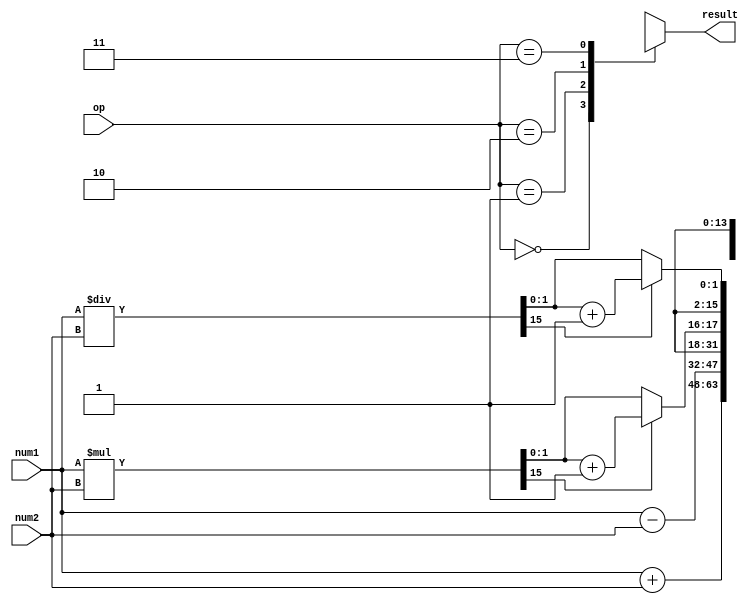
module half_precision_fp_unit(
    input [15:0] num1,
    input [15:0] num2,
    input [1:0] op,
    output reg [15:0] result
);

// Arithmetic blocks
reg [31:0] product;
reg [31:0] quotient;

// Rounding logic
reg [1:0] rounding;
always @(num1, num2, op) begin
    case(op)
        2'b00: result = num1 + num2; // Addition
        2'b01: result = num1 - num2; // Subtraction
        2'b10: begin // Multiplication
            product = num1 * num2;
            
            // Rounding logic
            if(product[15] == 1) begin
                rounding = product[14:0] + 1;
            end else begin
                rounding = product[14:0];
            end
            
            result = rounding[15:0];
        end
        2'b11: begin // Division
            quotient = num1 / num2;
            
            // Rounding logic
            if(quotient[15] == 1) begin
                rounding = quotient[14:0] + 1;
            end else begin
                rounding = quotient[14:0];
            end
            
            result = rounding[15:0];
        end
    endcase
end

endmodule